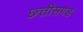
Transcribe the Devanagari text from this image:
छ्त्तीसगड